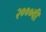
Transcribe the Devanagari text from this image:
२०००वीं